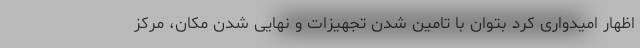
اظهار امیدواری کرد بتوان با تامین شدن تجهیزات و نهایی شدن مکان، مرکز